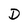
Character: D